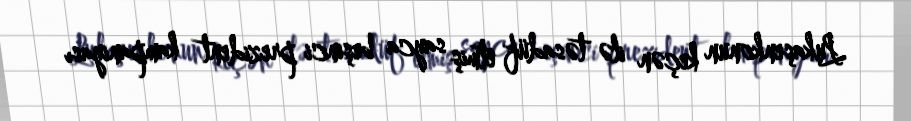
Lukaşenkonun keçən ilə təsadüf etmiş sayca beşinci prezident kampaniyası